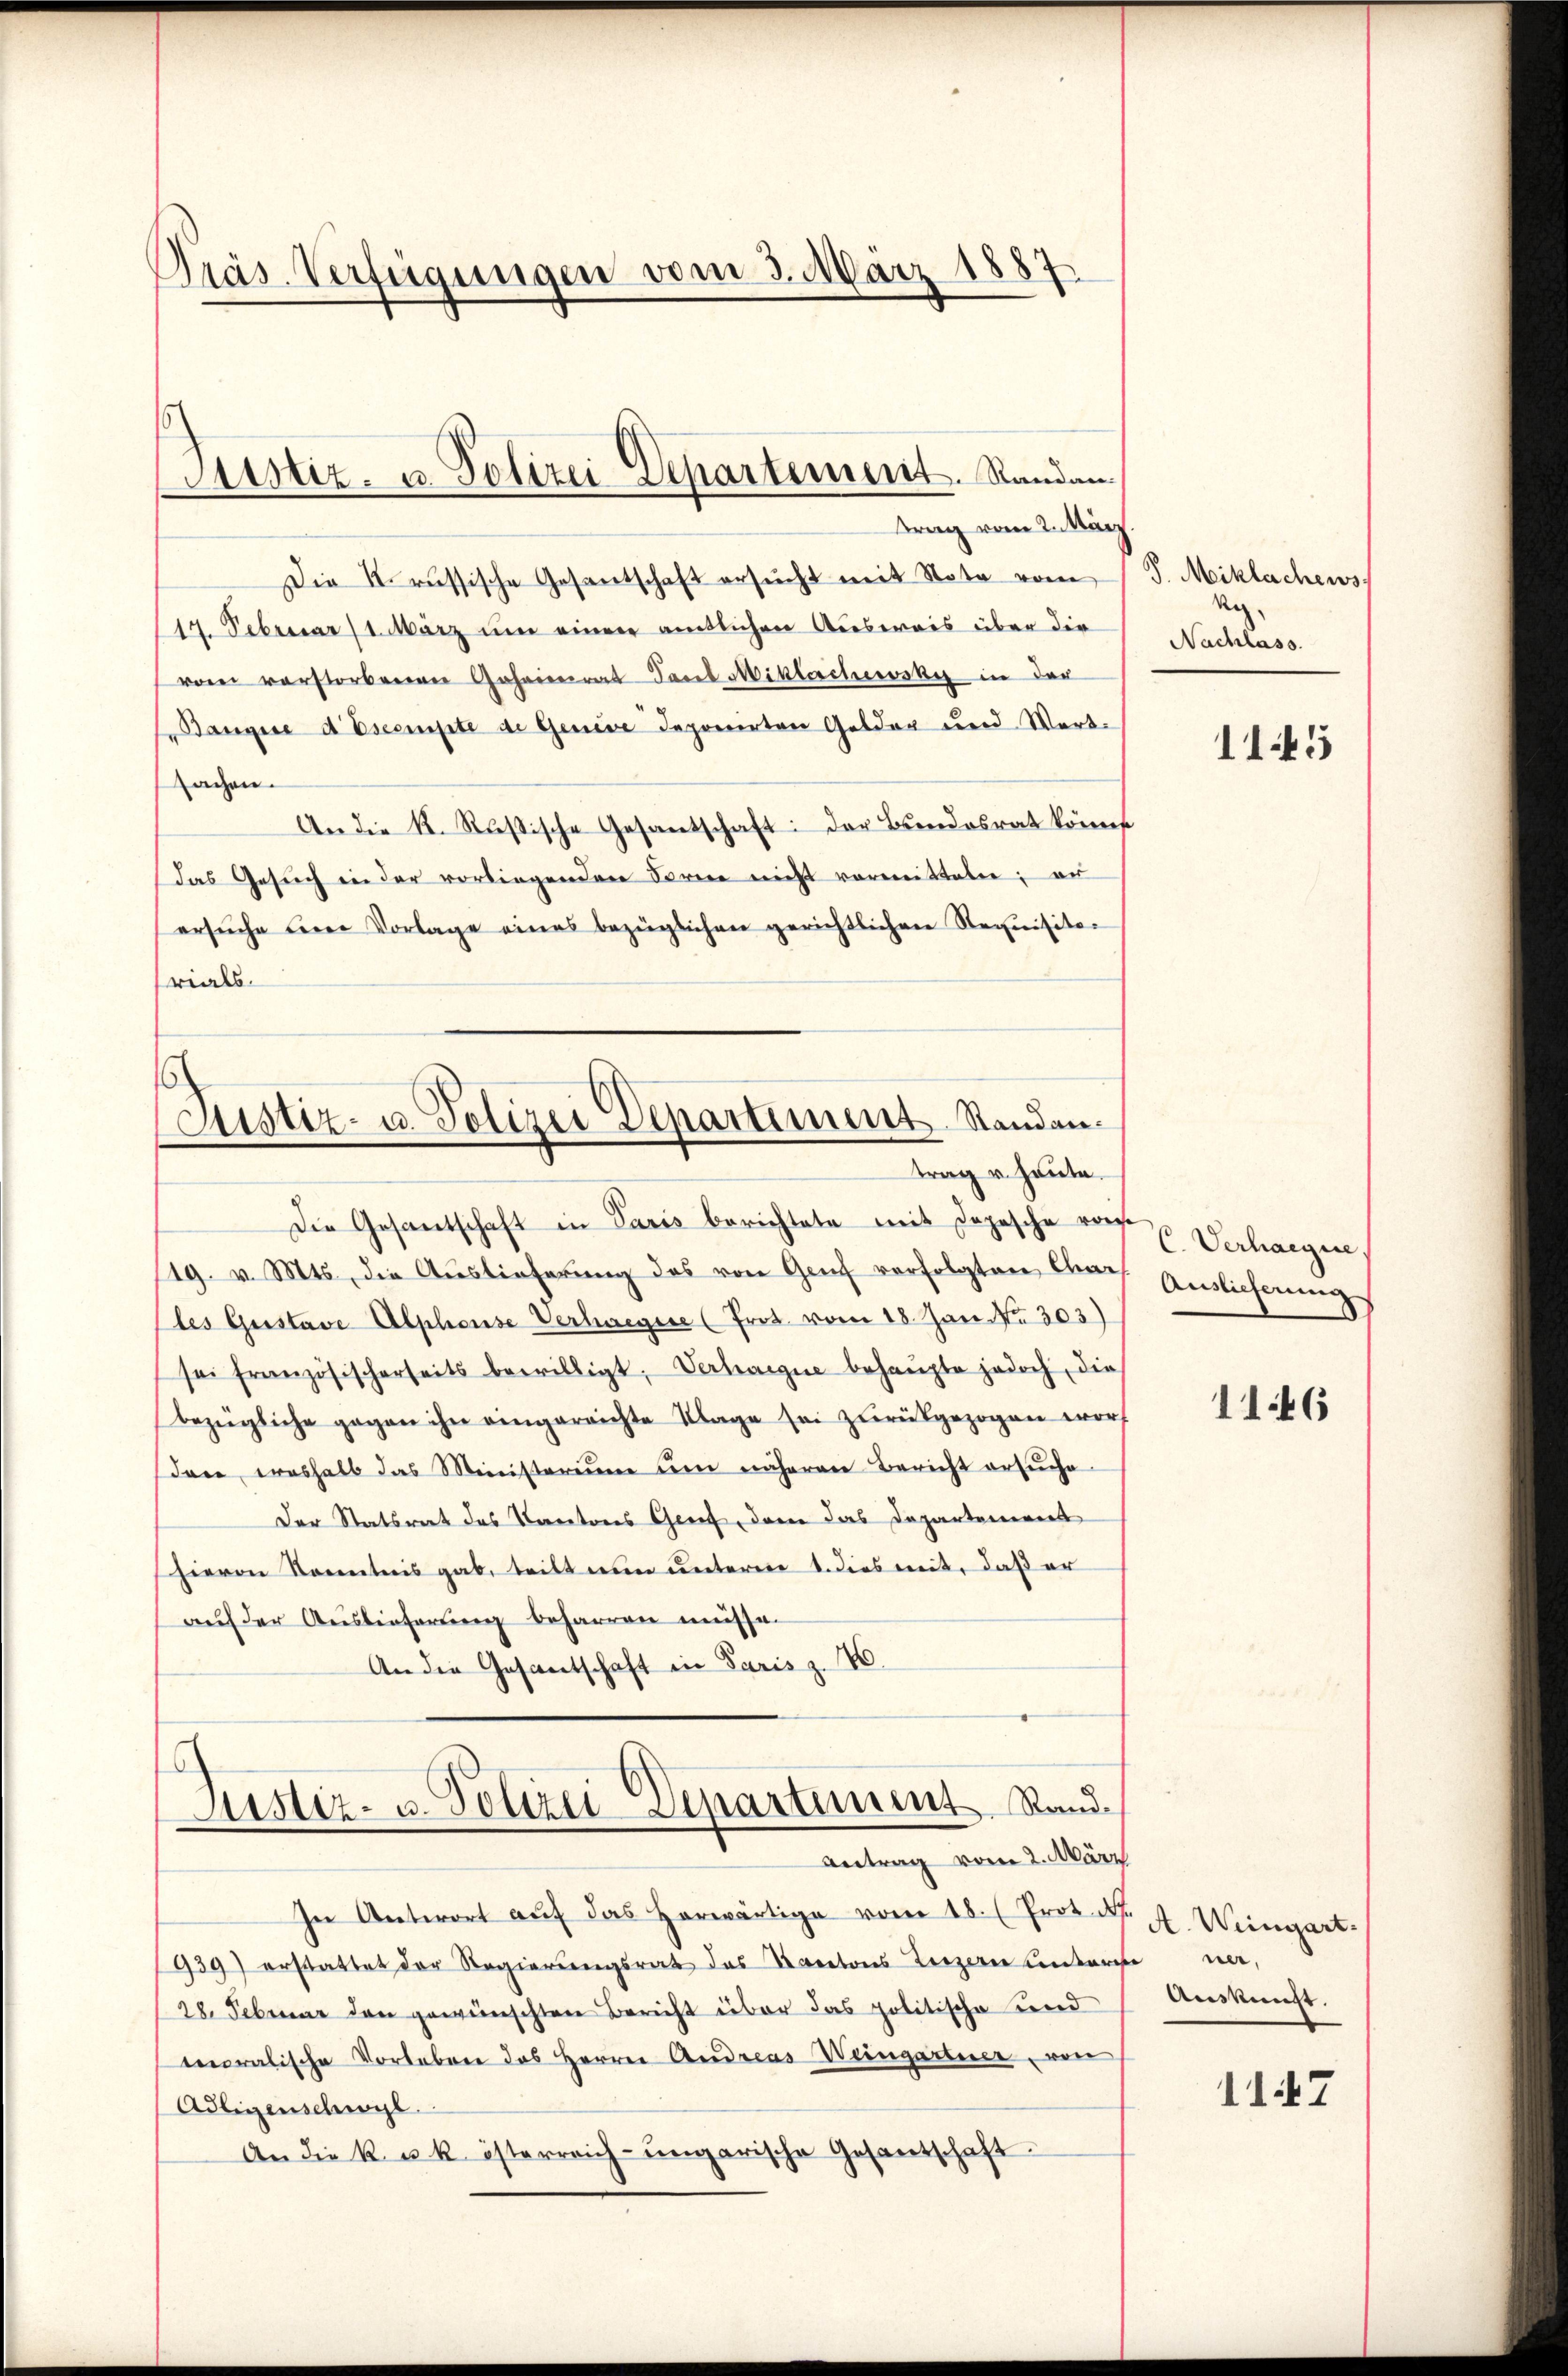
Präs. Verfügungen vom 3. März 1887

Die Krussische Gesantschaft ersucht mit Nota vom
17. Februar 1. März um einem amtlichen Ausweis über die
vom verstorbenen Geheirat Paul Mikloschewsky in der
Bangire d Escompte de Geneve deponirten Gelder und Wortsachen.
An die K. Rußische Gesantschaft: Der Bundesrat könnt
das Gesuch in der vorliegenden Ferne nicht vormitteten; au
ersŭche derer Vorlage eines bezüglichen gerichtlichen Stequisito-
rials.
Justiz- u. Polizei Departiment Standen.
trag u. heute.
Die Gesantschaft in Paris berichtete mit Depesche vo
19. v. Mts., die Auslieferung des von Genf verfolgten Charles Gustave Alphonse Verhaegere (Prot. vom 18. Jan NNo. 303)
sei französischerseits bewilligt, Verhaege behaŭpte jedoch, die
bezügliche gegen ihn eingereichte Klage sei zŭrückgezogen wor
dere weshalb das Ministerium um näheren Bericht ersuche
Der Statsrat des Kantons Genf, dem das Departeniret
hievon Sonntnis gab, teilt nun unteren 1. dies mit, daß er
auf der Auslieferung beharren müsse.
An die Gesantschaft in Paris z. 10.

Sitstiz- u. Polizei Departement. Randan
trag vom 2. März

In Antwort aŭf das herwärtige vom 18. (Prot. d
939) erstattet der Regierungsrath das Kantons Luzern unter
28. Februar den gewünschten Bericht über das politische Kind
moralische Vorleben des Herrn Andreas Weingartner, von
Adligenschwyl
An die k. u. k. österreich-ungarische Gesantschaft.

Justiz- u. Polizei Denartiment. Sand¬
Antrag vom 2. März

V. Miklachews
Ve
Nachlass.

1145

C. Verhaegie
Andlicherung

1146

A. Weingart.
ner,
Auskunft.

1147